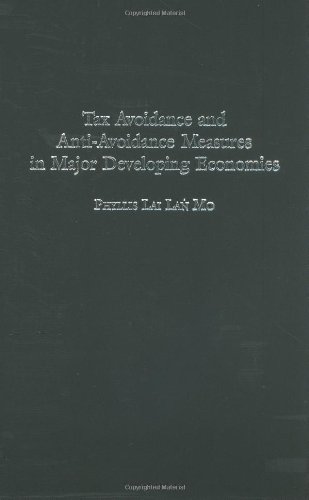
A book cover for Tax Avoidance and Anti-Avoidance Measures in Major Developing Economies; Phyllis Mo; Law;